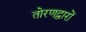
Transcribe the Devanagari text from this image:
तोरणद्वारों